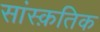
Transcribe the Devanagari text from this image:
सांस्‍क़तिक